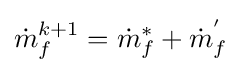
{\dot {m}}_{f}^{k+1}={\dot {m}}_{f}^{*}+{\dot {m}}_{f}^{'}